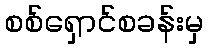
စစ်ရှောင်စခန်းမှ